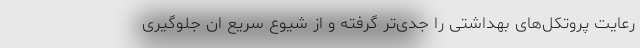
رعایت پروتکل‌های بهداشتی را جدی‌تر گرفته و از شیوع سریع ان جلوگیری